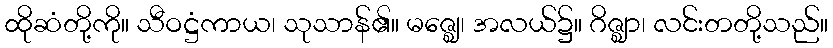
ထိုဆံတို့ကို။ သီဝဋ္ဌံကာယ၊ သုသာန်၏။ မဇ္ဈေ၊ အလယ်၌။ ဂိဇ္ဈာ၊ လင်းတတို့သည်။